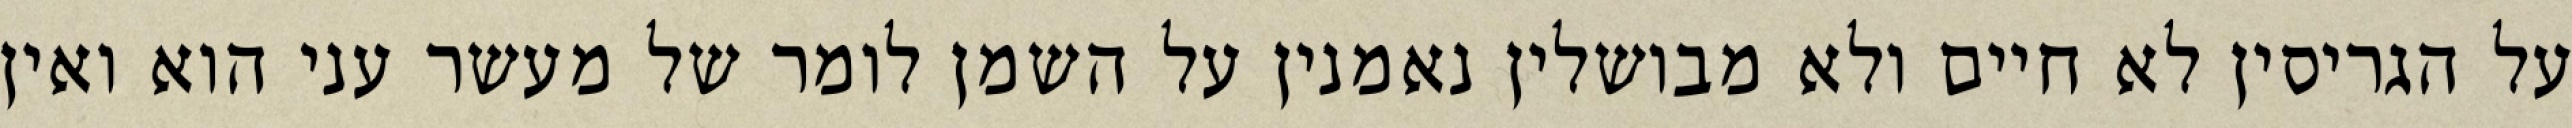
על הגריסין לא חיים ולא מבושלין נאמנין על השמן לומר של מעשר עני הוא ואין